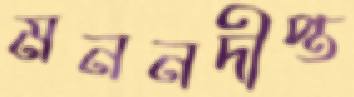
মননদীপ্ত